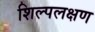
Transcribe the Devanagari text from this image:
शिल्पलक्षण